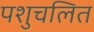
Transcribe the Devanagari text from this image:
पशुचलित